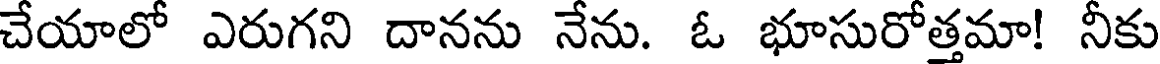
చేయాలో ఎరుగని దానను నేను. ఓ భూసురోత్తమా! నీకు